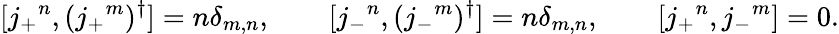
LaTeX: [j_{+}{}^{n},(j_{+}{}^{m})^{\dagger}]=n\delta_{m,n},\qquad[j_{-}{}^{n},(j_{-}{}^{m})^{\dagger}]=n\delta_{m,n},\qquad[j_{+}{}^{n},j_{-}{}^{m}]=0.